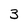
Character: 3